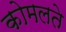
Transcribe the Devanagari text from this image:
कोमलते